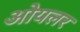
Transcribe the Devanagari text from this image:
ओयलर